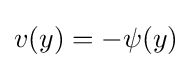
v(y)=-\psi (y)